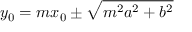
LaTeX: y _ { 0 } = m x _ { 0 } \pm { \sqrt { m ^ { 2 } a ^ { 2 } + b ^ { 2 } } }